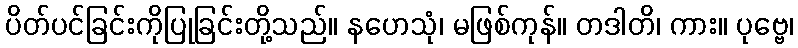
ပိတ်ပင်ခြင်းကိုပြုခြင်းတို့သည်။ နဟေသုံ၊ မဖြစ်ကုန်။ တဒါတိ၊ ကား။ ပုဗ္ဗေ၊